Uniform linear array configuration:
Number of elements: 16
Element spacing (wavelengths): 1
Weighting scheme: hann
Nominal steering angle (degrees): -60
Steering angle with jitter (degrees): -58.058
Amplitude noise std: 0.05
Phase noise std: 0.05

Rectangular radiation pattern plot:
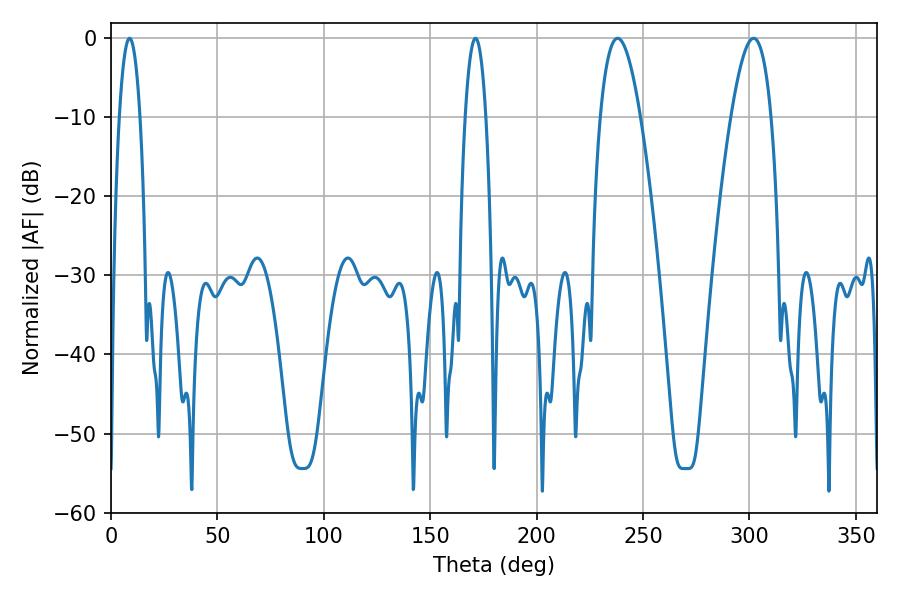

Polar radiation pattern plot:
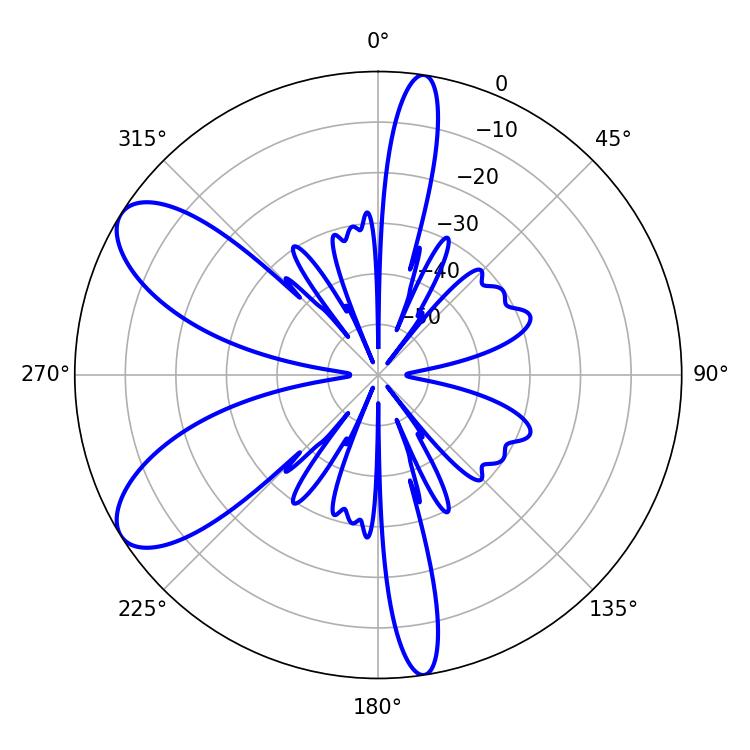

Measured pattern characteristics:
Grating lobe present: TRUE
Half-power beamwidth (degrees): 10.26
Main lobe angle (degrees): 237.96